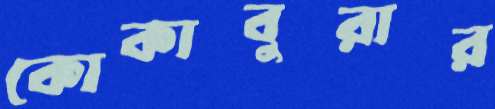
কোকাবুরার